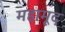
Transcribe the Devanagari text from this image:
महामूद